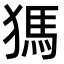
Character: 獁